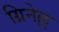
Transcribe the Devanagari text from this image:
ग्रिनेल्ल